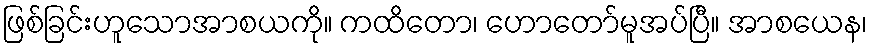
ဖြစ်ခြင်းဟူသောအာစယကို။ ကထိတော၊ ဟောတော်မူအပ်ပြီ။ အာစယေန၊